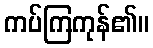
ကပ်ကြကုန်၏။